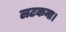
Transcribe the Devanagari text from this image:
लटकना।